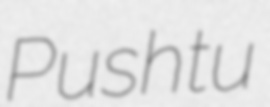
Pushtu